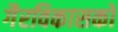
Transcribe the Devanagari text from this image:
गैरविकासकों